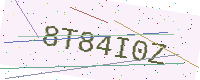
Text: 8T84I0Z